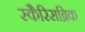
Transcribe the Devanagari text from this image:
स्कैरिसब्रिक